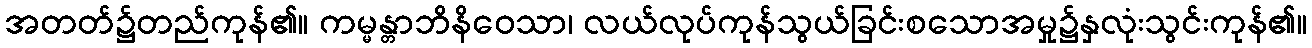
အတတ်၌တည်ကုန်၏။ ကမ္မန္တာဘိနိဝေသာ၊ လယ်လုပ်ကုန်သွယ်ခြင်းစသောအမှု၌နှလုံးသွင်းကုန်၏။